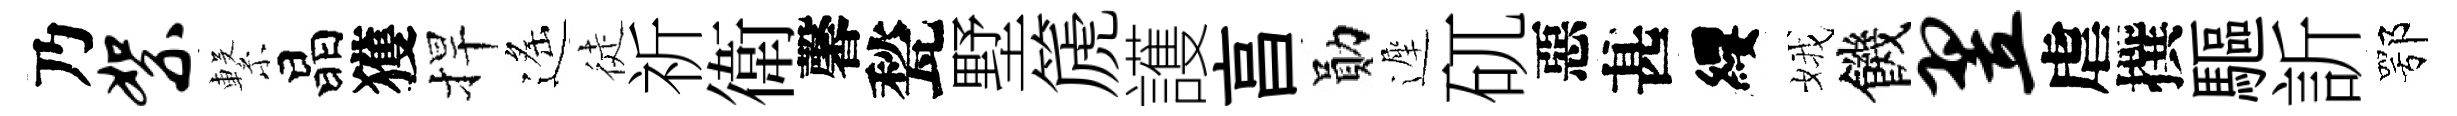
乃絮繋晶獲捍遙徒祈衛馨甃墅篪護亯勛遲矹惡甚纓娥饑翌虐撰驅訢鄂